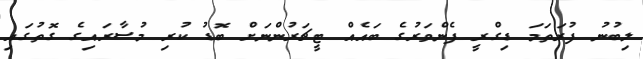
ލިބުނު ފުރަތަމަ ޑިގްރީ ފެންވަރުގެ ބައެއް ޓީޗަރުންނަށް ބޮޑު ކުރި މުސާރައިގެ ގޮތުގައި